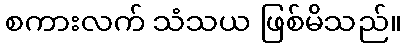
စကားလက် သံသယ ဖြစ်မိသည်။